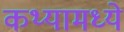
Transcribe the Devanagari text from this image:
कथ्यामध्ये